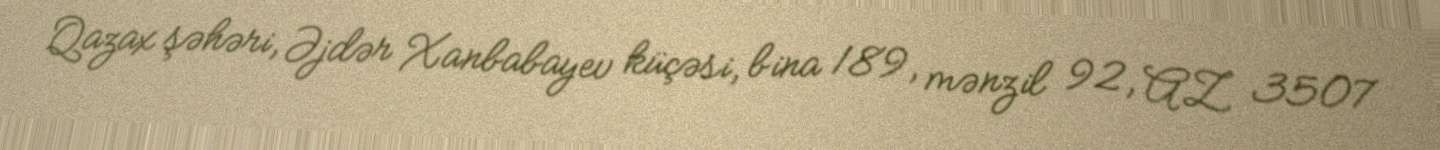
Qazax şəhəri, Əjdər Xanbabayev küçəsi, bina 189, mənzil 92, AZ 3507